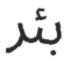
بئر